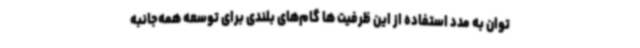
توان به مدد استفاده از این ظرفیت ها گام‌های بلندی برای توسعه همه‌جانبه